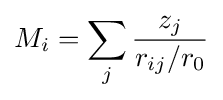
M_{i}=\sum _{j}{\frac {z_{j}}{r_{ij}/r_{0}}}